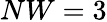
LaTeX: NW=3